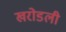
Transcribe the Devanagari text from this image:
खरोडली